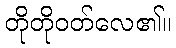
တိုတိုဝတ်လေ၏။